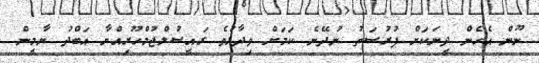
ނޫން އެހެން ދީނަކަށް ފުރުސަތު ނުދޭނެ ކަމަށް ވިދާޅުވެ ރައީސުލްޖުމްހޫރިއްޔާ އަބްދު ޔާމީން